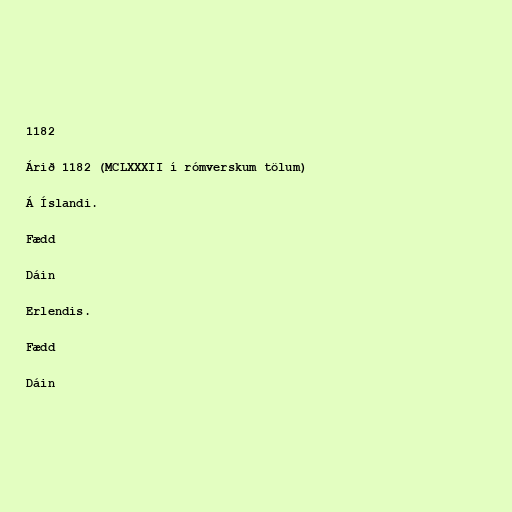
1182

Árið 1182 (MCLXXXII í rómverskum tölum)

Á Íslandi.

Fædd

Dáin

Erlendis.

Fædd

Dáin